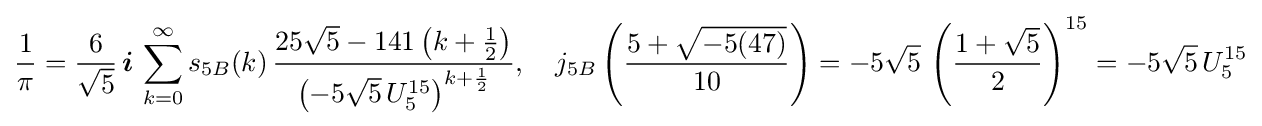
{\frac {1}{\pi }}={\frac {6}{\sqrt {5}}}\,{\boldsymbol {i}}\,\sum _{k=0}^{\infty }s_{5B}(k)\,{\frac {25{\sqrt {5}}-141\left(k+{\frac {1}{2}}\right)}{\left(-5{\sqrt {5}}\,U_{5}^{15}\right)^{k+{\frac {1}{2}}}}},\quad j_{5B}\left({\frac {5+{\sqrt {-5(47)}}}{10}}\right)=-5{\sqrt {5}}\,\left({\frac {1+{\sqrt {5}}}{2}}\right)^{15}=-5{\sqrt {5}}\,U_{5}^{15}